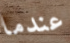
عندما